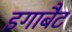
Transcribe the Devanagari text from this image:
इगाबैट